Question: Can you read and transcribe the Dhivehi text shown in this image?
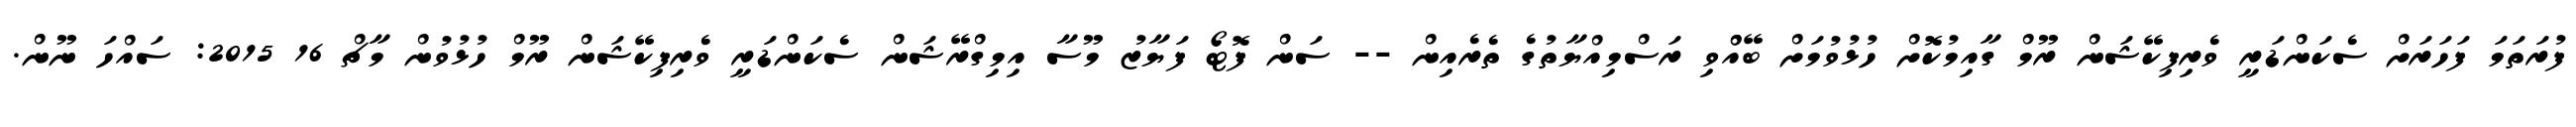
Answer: ފުރަތަމަ ފަހަރަށް ސެކަންޑަރީ ވެރިފިކޭޝަން ރޫމް ގާއިމުކޮށް ހުޅުވުމަށް ބޭއްްވި ރަސްމިއްޔާތުގެ ތެރެއިން -- ސަން ފޮޓޯ ފަޔާޒު މޫސާ އިމިގްރޭޝަން ސެކަންޑަރީ ވެރިފިކޭޝަން ރޫމް ހުޅުވުން މާޗް 16 2015: ސައްހަ ނޫން.